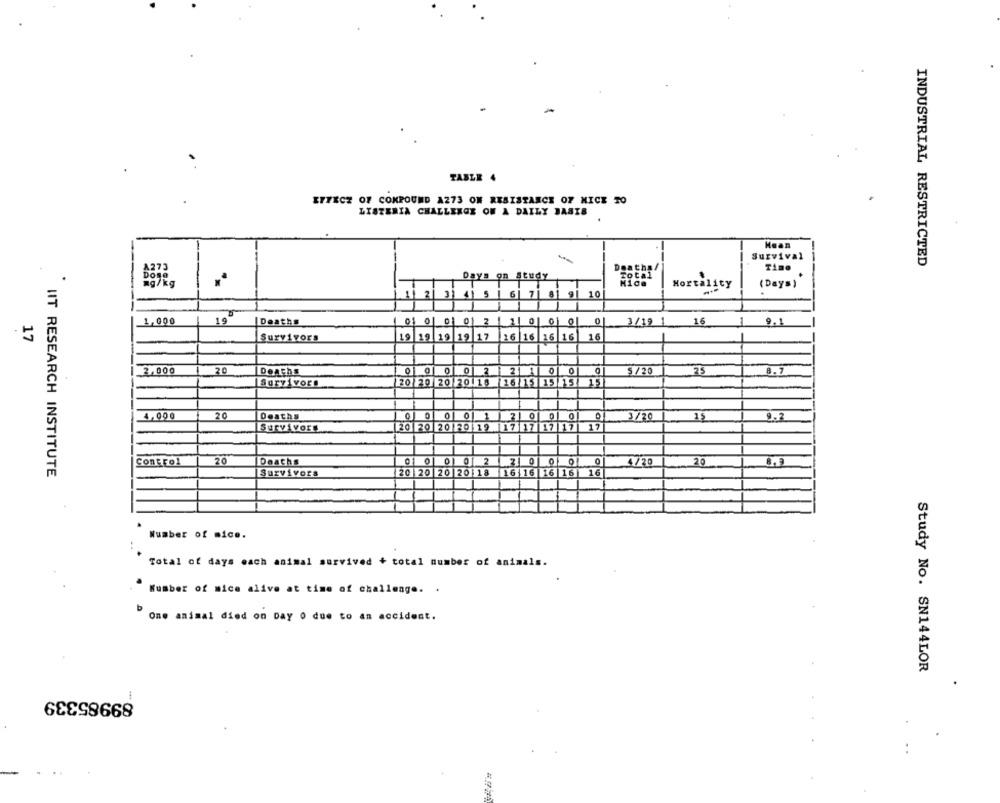
TABLE 4
EFFECT OF COMPOUND A273 ON RESISTANCE OF MICE TO
LISTERIA CHALLENGE ON A DAILY BASIS
Hean
Survival
Deathal
INDUSTRIAL RESTRICTED
Time
Days on Study
Total
Mortality
(Days)
5 | 6| 7| 81 9|
10
19
Deaths
01 0
0
1
1,000
9.1
17
Survivors
19 19 19 19 17 16 16 16 16
16
20
0
0
2,000
Deaths
0 2
21 1
5/20
8.7
Survivors
20 20 20 20118
16 /15 15 15
4.000
20
Deaths
2000
3/20
15
9.F
Survivors
20 20 20 20 19
117 17
17
Control
20
Deaths
0 0002
210
/20
20
IIT RESEARCH INSTITUTE
Survivors
20 20 20 |20 18 16 16 16 16 16
Number of mice.
Total of days each animal survived + total number of animals.
"Number of mice alive at time of challenge. .
One animal died on Day 0 due to an accident.
Study No. SN144LOR
89985339